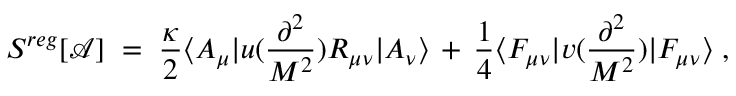
S ^ { r e g } [ { \mathcal A } ] \; = \; \frac { \kappa } { 2 } \langle A _ { \mu } | u ( \frac { \partial ^ { 2 } } { M ^ { 2 } } ) R _ { \mu \nu } | A _ { \nu } \rangle \, + \, \frac { 1 } { 4 } \langle F _ { \mu \nu } | v ( \frac { \partial ^ { 2 } } { M ^ { 2 } } ) | F _ { \mu \nu } \rangle \; ,